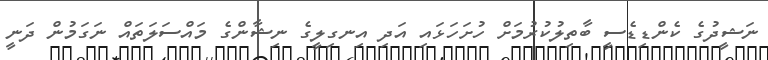
ނަޝީދުގެ ކެންޑިޑެސީ ބާތިލުކުރުމަށް ހުށަހަޅައި އަދި އިނގިލީގެ ނިޝާންގެ މައްސަލަތައް ނަގަމުން ދަނީ